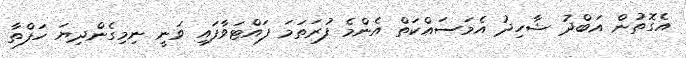
އެގޮތުން އަބްދު ޝާހިދު އެމަސައްކަތް އެންމެ ފުރަތަމަ ފައްޓަވާފައި ވަނީ ނިމިގެންދިޔަ ހަފްތާ